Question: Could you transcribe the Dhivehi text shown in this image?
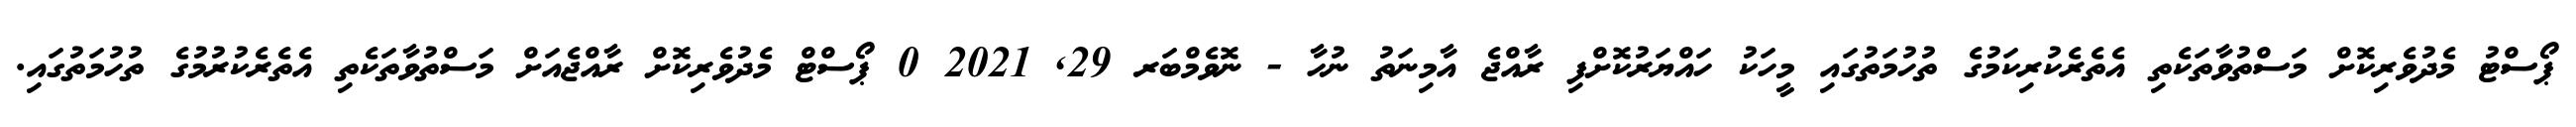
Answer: ޕޯސްޓު މެދުވެރިކޮށް މަސްތުވާތަކެތި އެތެރެކުރިކަމުގެ ތުހުމަތުގައި މީހަކު ހައްޔަރުކޮށްފި ރާއްޖެ އާމިނަތު ނުހާ - ނޮވެމްބަރ 29, 2021 0 ޕޯސްޓް މެދުވެރިކޮށް ރާއްޖެއަށް މަސްތުވާތަކެތި އެތެރެކުރުމުގެ ތުހުމަތުގައި.